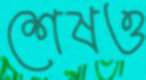
শেষও